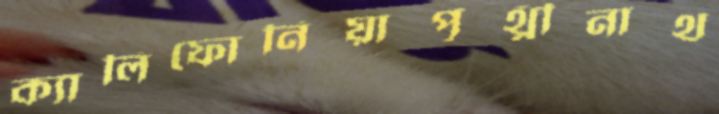
ক্যালিফোর্নিয়াপৃথ্বীনাথ